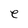
Character: e